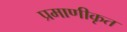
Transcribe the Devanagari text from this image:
प्रमाणीकृत